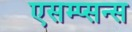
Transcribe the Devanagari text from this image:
एसम्प्सन्स